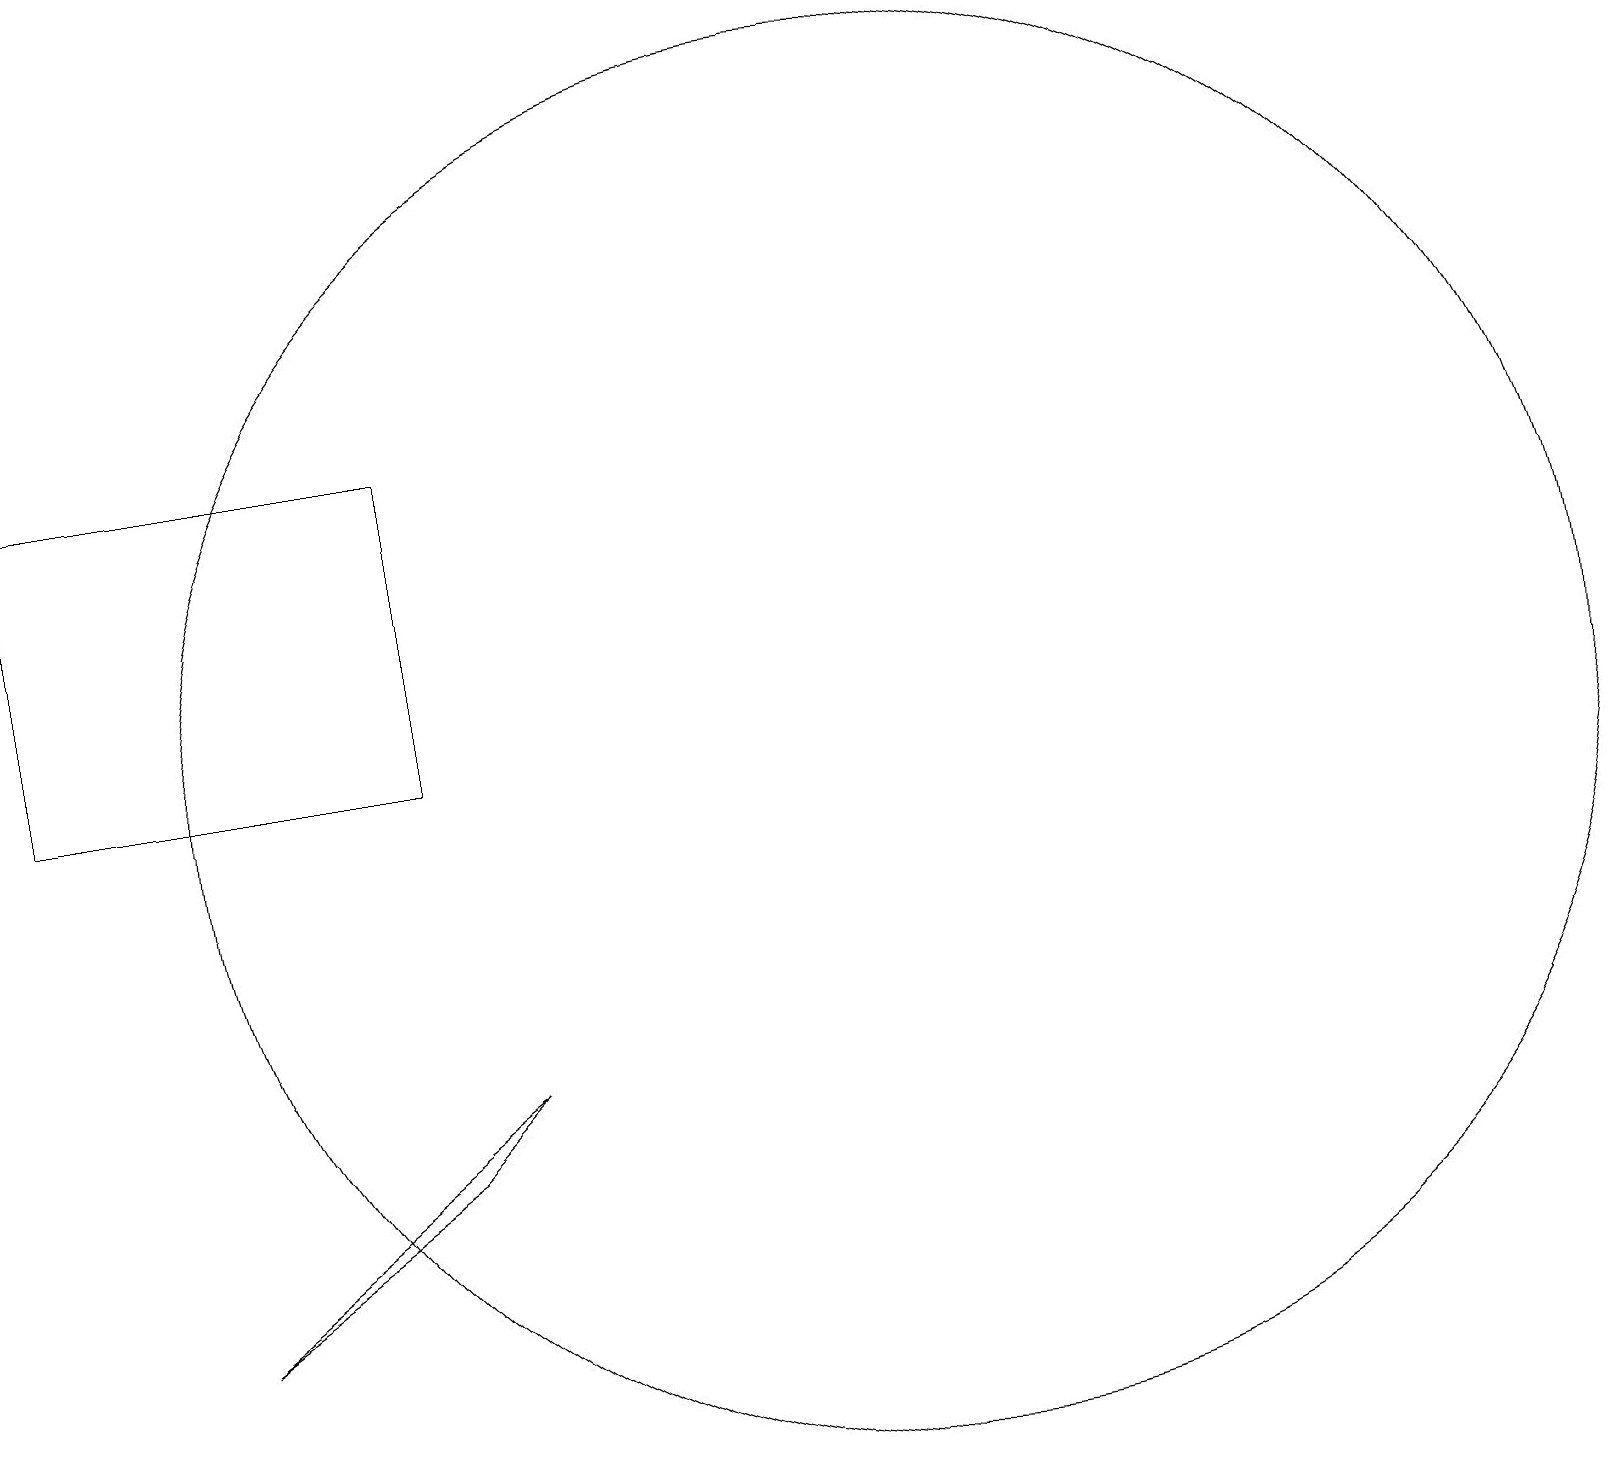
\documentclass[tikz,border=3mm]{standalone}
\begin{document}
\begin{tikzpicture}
\draw (12,11) circle (9);
\draw (1,11) rectangle (6,15);
\draw (3,4) -- (7,7) -- (6,6) -- cycle;
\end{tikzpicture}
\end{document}